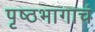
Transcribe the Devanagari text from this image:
पृष्ठभागाचं